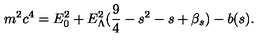
m ^ { 2 } c ^ { 4 } = E _ { 0 } ^ { 2 } + E _ { \Lambda } ^ { 2 } ( \frac { 9 } { 4 } - s ^ { 2 } - s + \beta _ { s } ) - b ( s ) .